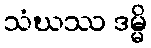
သံဃဿ ဒမ္မိ